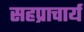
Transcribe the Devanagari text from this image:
सहप्राचार्य